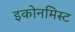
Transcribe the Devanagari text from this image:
इकोनमिस्ट